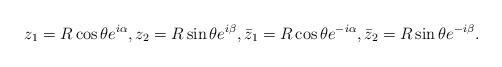
LaTeX: \begin{align*}z_1=R\cos\theta e^{i\alpha},z_2=R\sin\theta e^{i\beta},\bar z_1=R\cos\theta e^{-i\alpha},\bar z_2=R\sin\theta e^{-i\beta}.\end{align*}